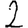
Digit: 2